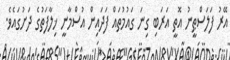
އޭރު ފަލަސްޠީނު އޮތީ އަރަބި ގިނަ ގައުމުތައް ފަދައިން އުސްމާނީ ޚިލާފަތުގެ ދަށުގައެވެ.